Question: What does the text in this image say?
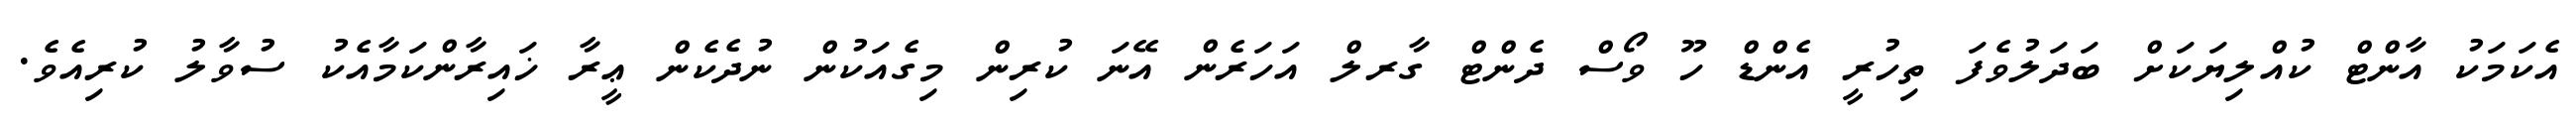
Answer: އެކަމަކު އާންޓް ކުއްލިޔަކަށް ބަދަލުވެފަ ތިހުރީ އެންޑް ހޫ ވޯސް ދެންޓް ގާރލް އަހަރެން އޭނަ ކުރިން މިގެއަކުން ނުދެކެން ޢީރާ ޚައިރާންކަމާއެކު ސުވާލު ކުރިއެވެ.